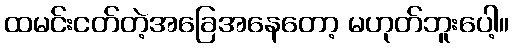
ထမင်းငတ်တဲ့အခြေအနေတော့ မဟုတ်ဘူးပေါ့။